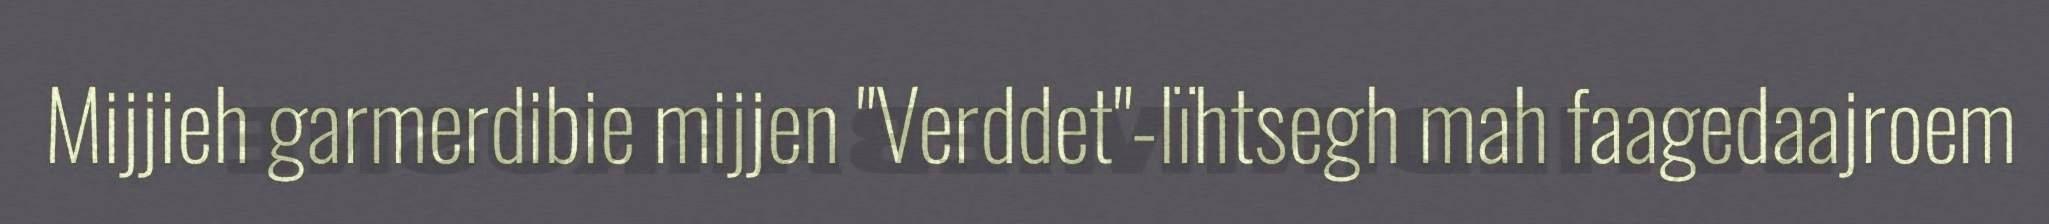
Mijjieh garmerdibie mijjen "Verddet"-lïhtsegh mah faagedaajroem